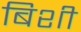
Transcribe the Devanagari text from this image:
बिशी